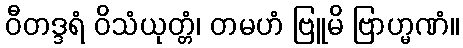
ဝီတဒ္ဒရံ ဝိသံယုတ္တံ၊ တမဟံ ဗြူမိ ဗြာဟ္မဏံ။